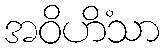
အဝိဟိံသာ